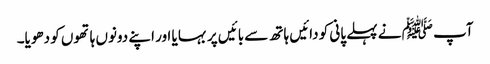
آپ ﷺ نے پہلے پانی کو دائیں ہاتھ سے بائیں پر بہا یا اور اپنے دونوں ہاتھوں کو دھویا۔